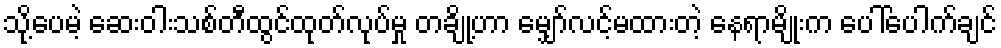
သို့ပေမဲ့ ဆေးဝါးသစ်တီထွင်ထုတ်လုပ်မှု တချို့ဟာ မျှော်လင့်မထားတဲ့ နေရာမျိုးက ပေါ်ပေါက်ချင်